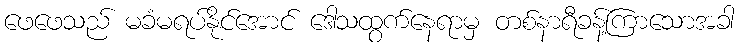
ဖေဖေသည် မခံမရပ်နိုင်အောင် ဒေါသထွက်နေရာမှ တစ်နာရီခန့်ကြာသောအခါ